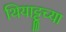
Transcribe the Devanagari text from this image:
थियाट्टूच्या